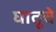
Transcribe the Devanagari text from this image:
घातूचे